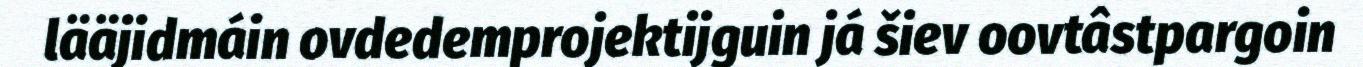
lääjidmáin ovdedemprojektijguin já šiev oovtâstpargoin